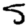
Digit: 5